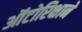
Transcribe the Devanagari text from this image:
ऑटोरिक्षाने